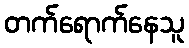
တက်ရောက်နေသူ